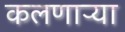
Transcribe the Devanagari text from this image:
कलणाऱ्या